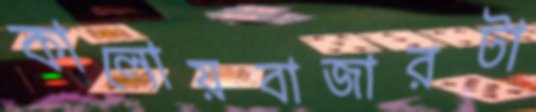
কালোয়বাজারটা